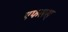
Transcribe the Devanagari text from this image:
एफसस्